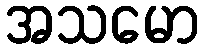
အသမော